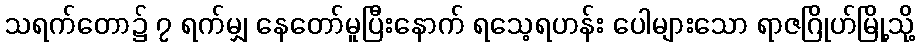
သရက်တော၌ ၇ ရက်မျှ နေတော်မူပြီးနောက် ရသေ့ရဟန်း ပေါများသော ရာဇဂြိုဟ်မြို့သို့